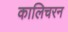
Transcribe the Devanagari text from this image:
कालिचरन